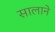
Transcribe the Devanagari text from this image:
सालाने